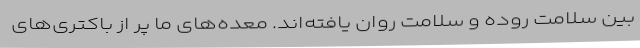
بین سلامت روده و سلامت روان یافته‌اند. معده‌های ما پر از باکتری‌های